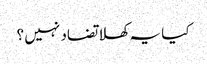
کیا یہ کھلا تضاد نہیں ؟